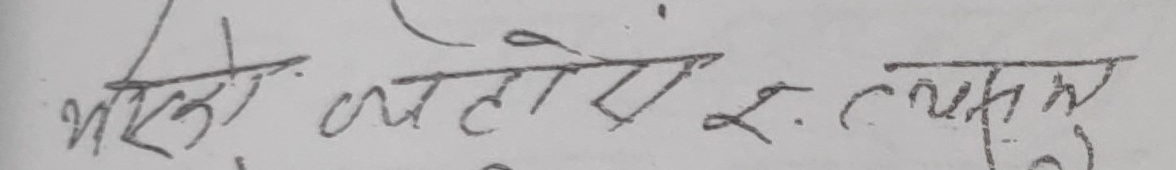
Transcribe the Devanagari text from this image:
भर्को कहो ए २. लक्षण